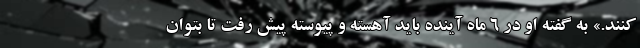
کنند.» به گفته او در ۶ ماه آینده باید آهسته و پیوسته پیش رفت تا بتوان